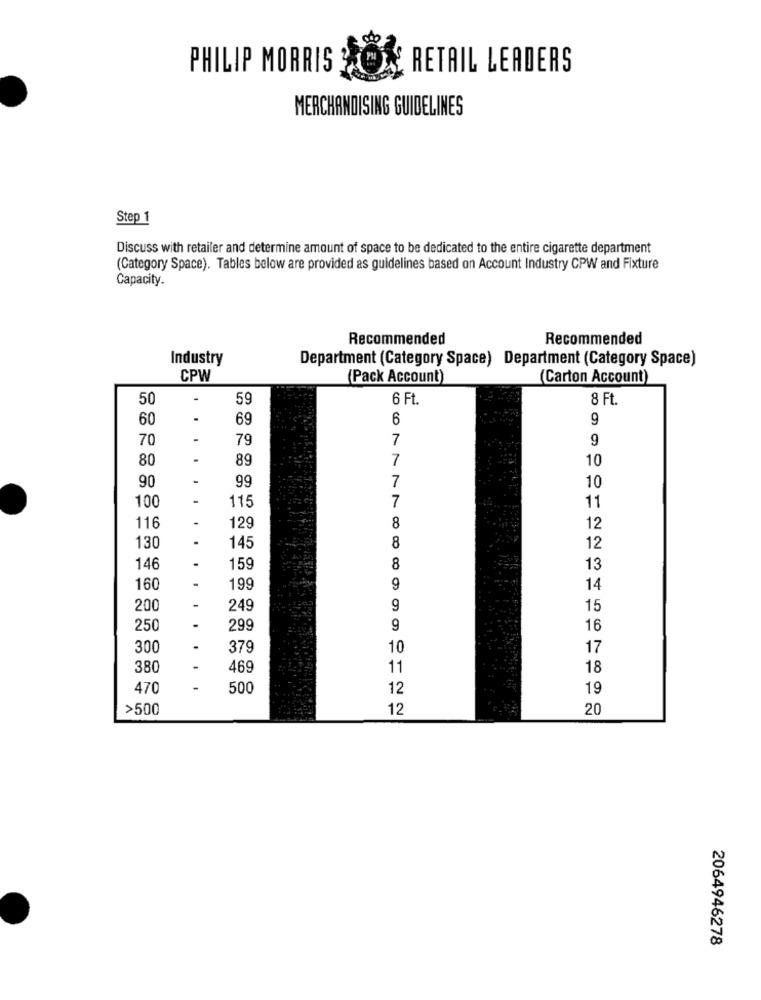
PHILIP MORRIS
RETAIL LEADERS
MERCHANDISING GUIDELINES
Step 1
Discuss with retailer and determine amount of space to be dedicated to the entire cigarette department
(Category Space). Tables below are provided as guidelines based on Account Industry CPW and Fixture
Capacity.
Recommended
Recommended
Industry
Department (Category Space) Department (Category Space)
CPW
(Pack Account)
(Carton Account)
50
-
59
6 Ft.
8 Ft.
60
.
69
6
9
70
79
7
9
80
89
7
10
90
99
7
10
100
115
7
11
-
129
8
116
12
8
130
145
12
146
159
8
13
160
199
9
14
200
249
9
15
250
.
299
9
16
300
.
379
10
17
380
469
11
18
470
-
500
12
19
>500
12
20
2064946278